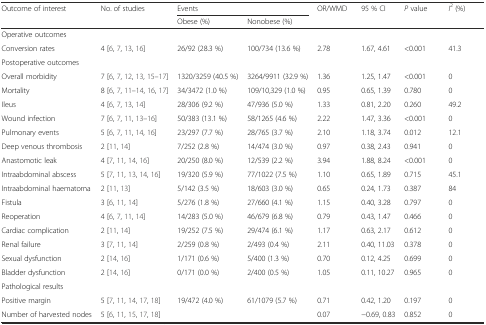
<table><thead><tr><td rowspan="2"><b>Outcome of interest</b></td><td rowspan="2"><b>No. of studies</b></td><td colspan="2"><b>Events</b></td><td rowspan="2"><b>OR/WMD</b></td><td rowspan="2"><b>95 % CI</b></td><td rowspan="2"><b><i>P</i> value</b></td><td rowspan="2"><b><i>I</i><sup>2</sup> (%)</b></td></tr><tr><td><b>Obese (%)</b></td><td><b>Nonobese (%)</b></td></tr></thead><tbody><tr><td colspan="8">Operative outcomes</td></tr><tr><td>Conversion rates</td><td>4 [6, 7, 13, 16]</td><td>26/92 (28.3 %)</td><td>100/734 (13.6 %)</td><td>2.78</td><td>1.67, 4.61</td><td>&lt;0.001</td><td>41.3</td></tr><tr><td colspan="8">Postoperative outcomes</td></tr><tr><td>Overall morbidity</td><td>7 [6, 7, 12, 13, 15–17]</td><td>1320/3259 (40.5 %)</td><td>3264/9911 (32.9 %)</td><td>1.36</td><td>1.25, 1.47</td><td>&lt;0.001</td><td>0</td></tr><tr><td>Mortality</td><td>8 [6, 7, 11–14, 16, 17]</td><td>34/3472 (1.0 %)</td><td>109/10,329 (1.0 %)</td><td>0.95</td><td>0.65, 1.39</td><td>0.780</td><td>0</td></tr><tr><td>Ileus</td><td>4 [6, 7, 13, 14]</td><td>28/306 (9.2 %)</td><td>47/936 (5.0 %)</td><td>1.33</td><td>0.81, 2.20</td><td>0.260</td><td>49.2</td></tr><tr><td>Wound infection</td><td>7 [6, 7, 11, 13–16]</td><td>50/383 (13.1 %)</td><td>58/1265 (4.6 %)</td><td>2.22</td><td>1.47, 3.36</td><td>&lt;0.001</td><td>0</td></tr><tr><td>Pulmonary events</td><td>5 [6, 7, 11, 14, 16]</td><td>23/297 (7.7 %)</td><td>28/765 (3.7 %)</td><td>2.10</td><td>1.18, 3.74</td><td>0.012</td><td>12.1</td></tr><tr><td>Deep venous thrombosis</td><td>2 [11, 14]</td><td>7/252 (2.8 %)</td><td>14/474 (3.0 %)</td><td>0.97</td><td>0.38, 2.43</td><td>0.941</td><td>0</td></tr><tr><td>Anastomotic leak</td><td>4 [7, 11, 14, 16]</td><td>20/250 (8.0 %)</td><td>12/539 (2.2 %)</td><td>3.94</td><td>1.88, 8.24</td><td>&lt;0.001</td><td>0</td></tr><tr><td>Intraabdominal abscess</td><td>5 [7, 11, 13, 14, 16]</td><td>19/320 (5.9 %)</td><td>77/1022 (7.5 %)</td><td>1.10</td><td>0.65, 1.89</td><td>0.715</td><td>45.1</td></tr><tr><td>Intraabdominal haematoma</td><td>2 [11, 13]</td><td>5/142 (3.5 %)</td><td>18/603 (3.0 %)</td><td>0.65</td><td>0.24, 1.73</td><td>0.387</td><td>84</td></tr><tr><td>Fistula</td><td>3 [6, 11, 14]</td><td>5/276 (1.8 %)</td><td>27/660 (4.1 %)</td><td>1.15</td><td>0.40, 3.28</td><td>0.797</td><td>0</td></tr><tr><td>Reoperation</td><td>4 [6, 7, 11, 14]</td><td>14/283 (5.0 %)</td><td>46/679 (6.8 %)</td><td>0.79</td><td>0.43, 1.47</td><td>0.466</td><td>0</td></tr><tr><td>Cardiac complication</td><td>2 [11, 14]</td><td>19/252 (7.5 %)</td><td>29/474 (6.1 %)</td><td>1.17</td><td>0.63, 2.17</td><td>0.612</td><td>0</td></tr><tr><td>Renal failure</td><td>3 [7, 11, 14]</td><td>2/259 (0.8 %)</td><td>2/493 (0.4 %)</td><td>2.11</td><td>0.40, 11.03</td><td>0.378</td><td>0</td></tr><tr><td>Sexual dysfunction</td><td>2 [14, 16]</td><td>1/171 (0.6 %)</td><td>5/400 (1.3 %)</td><td>0.70</td><td>0.12, 4.25</td><td>0.699</td><td>0</td></tr><tr><td>Bladder dysfunction</td><td>2 [14, 16]</td><td>0/171 (0.0 %)</td><td>2/400 (0.5 %)</td><td>1.05</td><td>0.11, 10.27</td><td>0.965</td><td>0</td></tr><tr><td colspan="8">Pathological results</td></tr><tr><td>Positive margin</td><td>5 [7, 11, 14, 17, 18]</td><td>19/472 (4.0 %)</td><td>61/1079 (5.7 %)</td><td>0.71</td><td>0.42, 1.20</td><td>0.197</td><td>0</td></tr><tr><td>Number of harvested nodes</td><td>5 [6, 11, 15, 17, 18]</td><td></td><td></td><td>0.07</td><td>−0.69, 0.83</td><td>0.852</td><td>0</td></tr></tbody></table>